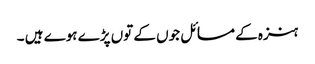
ہنزہ کے مسائل جوں کے توں پڑے ہوے ہیں ۔